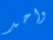
واحد